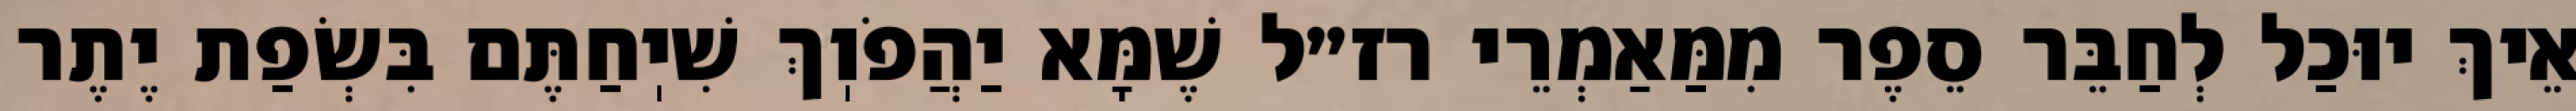
אֵיךְ יוּכַל לְחַבֵּר סֵפֶר מִמַּאַמְרֵי רז״ל שֶׁמָּא יַהֲפֹוֽךְ שִׁיֽחַתֶּם בִּשְׂפַת יֶתֶר